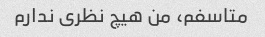
متاسفم، من هیچ نظری ندارم